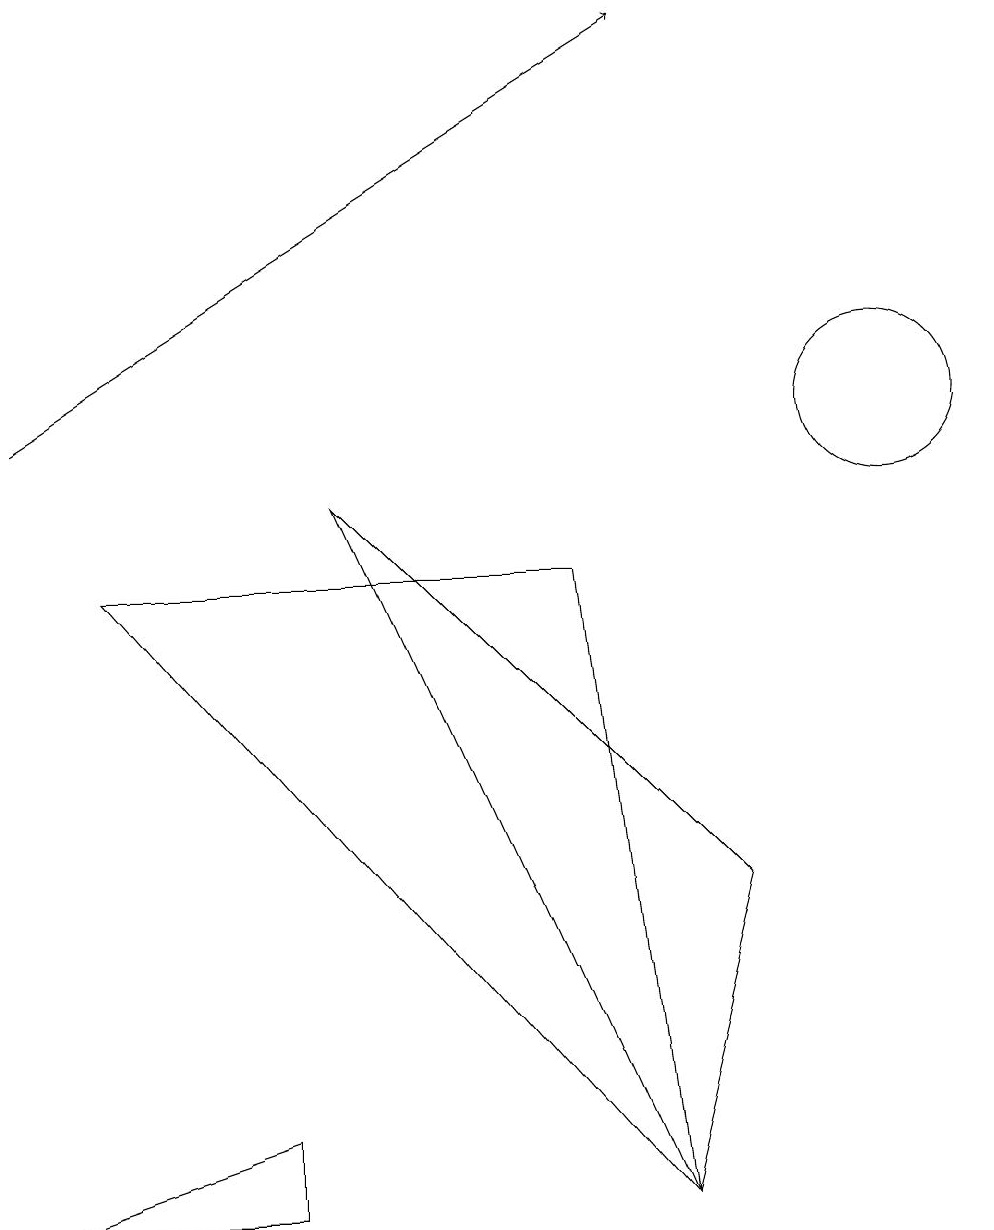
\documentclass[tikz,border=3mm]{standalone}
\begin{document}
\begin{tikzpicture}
\draw (3,0) -- (0,0) -- (3,1) -- cycle;
\draw[->] (0,10) -- (8,15);
\draw (8,0) -- (1,8) -- (7,8) -- cycle;
\draw (8,0) -- (9,4) -- (4,9) -- cycle;
\draw (11,10) circle (1);
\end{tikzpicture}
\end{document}